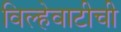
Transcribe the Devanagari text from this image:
विल्हेवाटीची